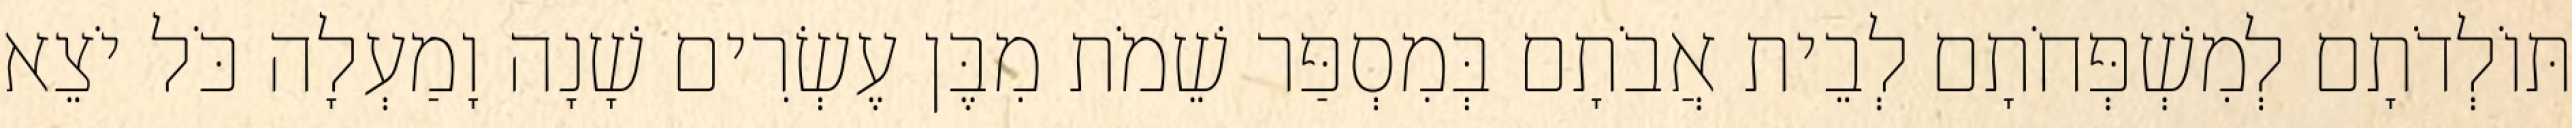
תּוֹלְדֹתָם לְמִשְׁפְּחֹתָם לְבֵית אֲבֹתָם בְּמִסְפַּר שֵׁמֹת מִבֶּן עֶשְׂרִים שָׁנָה וָמַעְלָה כֹּל יֹצֵא